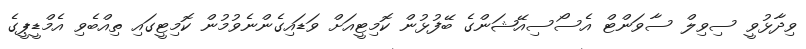
ވިދާޅުވީ ސިވިލް ސާވަންޓް އެސޯސިއޭޝަންގެ ބޭފުޅުން ކޮމިޓީއަށް ވަޑައިގެންނެވުމުން ކޮމިޓީގައި ތިއްބެވި އެމްޑީޕީގެ